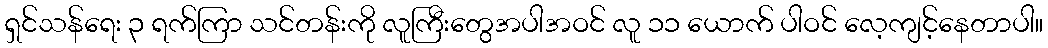
ရှင်သန်ရေး ၃ ရက်ကြာ သင်တန်းကို လူကြီးတွေအပါအဝင် လူ ၁၁ ယောက် ပါဝင် လေ့ကျင့်နေတာပါ။